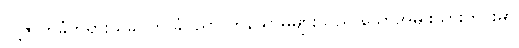
လူ့ဇာတိခံဘုရားသခင်က ခံပညာ ထိုနိယာမများသည် သောအမျိုးသားတိုင်းမှာ